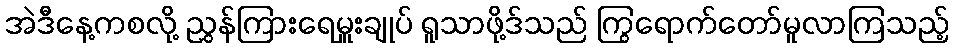
အဲဒီနေ့ကစလို့ ညွှန်ကြားရေမှူးချုပ် ရူသာဖို့ဒ်သည် ကြွရောက်တော်မူလာကြသည့်